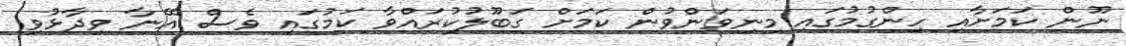
ނޫން ކަމަށާއި ހިންގުމުގައި މިނިވަންވުން ކަމަށް ގަބޫލުކުރައްވާ ކަމުގައި ވެސް އޭނާ ވިދާޅުވި